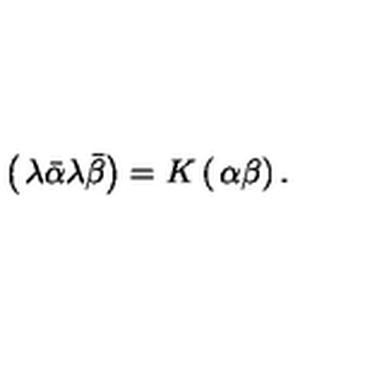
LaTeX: \left( \begin{matrix} { \lambda \bar { \alpha } } \\ { \lambda \bar { \beta } } \\ \end{matrix} \right) = K \left( \begin{matrix} { \alpha } \\ { \beta } \\ \end{matrix} \right) .